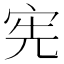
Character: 宪